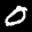
Label: 0